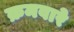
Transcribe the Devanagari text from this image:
क्रमवारे